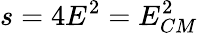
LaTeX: s=4E^{2}=E_{CM}^{2}